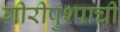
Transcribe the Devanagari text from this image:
गीरीपुश्पाची